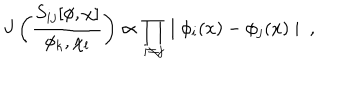
J \left( \frac { S _ { i j } [ \phi , \chi ] } { \phi _ { k } , \chi _ { l } } \right) \propto \prod _ { i \neq j } \mid \phi _ { i } ( x ) - \phi _ { j } ( x ) \mid ~ ,